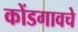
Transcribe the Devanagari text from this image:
कोंडगावचे